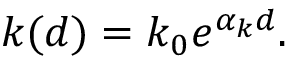
\begin{array} { r } { k ( d ) = k _ { 0 } e ^ { \alpha _ { k } d } . } \end{array}